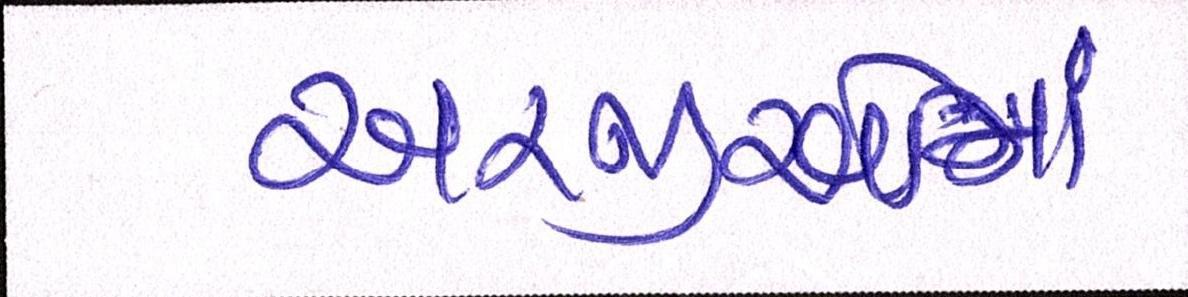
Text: અરજીઓમાં